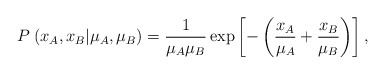
\begin{align*}P^{}\left( x_{A},x_{B}|\mu_{A},\mu_{B}\right) =\frac{1}{\mu_{A}\mu_{B}}\exp\left[ -\left( \frac{x_{A}}{\mu_{A}}+\frac{x_{B}}{\mu_{B}}\right) \right] ,\end{align*}